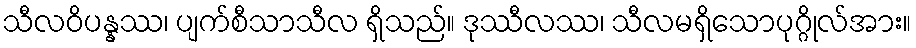
သီလဝိပန္နဿ၊ ပျက်စီသာသီလ ရှိသည်။ ဒုဿီလဿ၊ သီလမရှိသောပုဂ္ဂိုလ်အား။